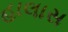
હાલાસ